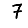
Digit: 7